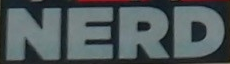
NERD